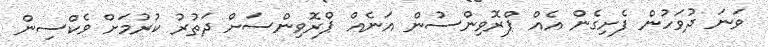
ވަނަ ދުވަހުން ފެށިގެން އެއް ޕްރޮވިންސުން އަނެއް ޕްރޮވިންސަށް ދަތުރު ކުރުމަށް ވެކްސިން